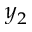
y _ { 2 }